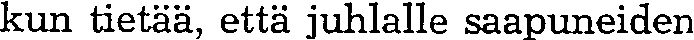
kun tietää, että juhlalle saapuneiden